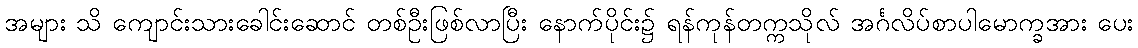
အများ သိ ကျောင်းသားခေါင်းဆောင် တစ်ဦးဖြစ်လာပြီး နောက်ပိုင်း၌ ရန်ကုန်တက္ကသိုလ် အင်္ဂလိပ်စာပါမောက္ခအား ပေး